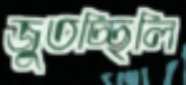
জুতচ্ছিলি